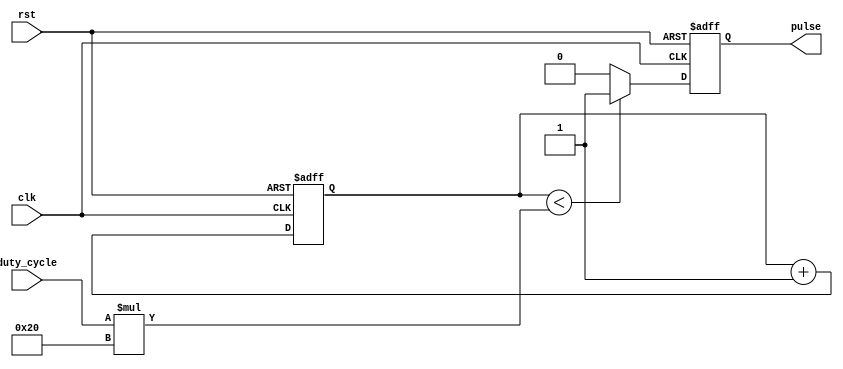
module DutyCyclePulseGenerator (
    input wire clk,
    input wire rst,
    input wire duty_cycle,
    output reg pulse
);

reg [31:0] counter;
reg toggle;

always @(posedge clk or posedge rst) begin
    if (rst) begin
        counter <= 0;
        pulse <= 0;
    end else begin
        if (counter < duty_cycle * 32) begin
            pulse <= 1;
        end else begin
            pulse <= 0;
        end
        
        if (counter < 32) begin
            toggle <= 0;
        end else if (counter < 64 - duty_cycle * 32) begin
            toggle <= 1;
        end else begin
            toggle <= 0;
        end
        
        counter <= counter + 1;
    end
end

endmodule